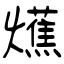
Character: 爑